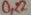
Text: 0,22